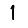
Digit: 1